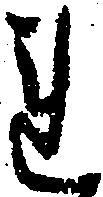
れ